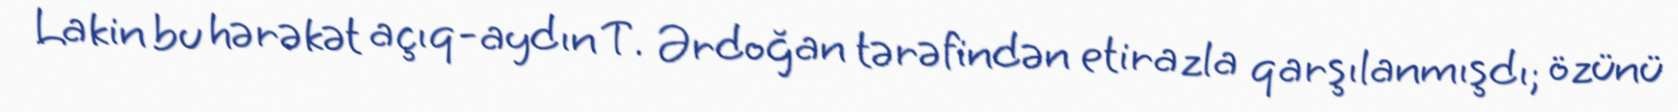
Lakin bu hərəkət açıq-aydın T. Ərdoğan tərəfindən etirazla qarşılanmışdı; özünü